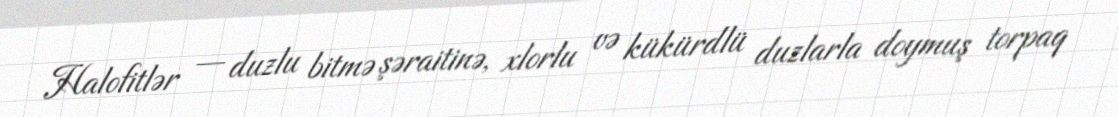
Halofitlər — duzlu bitmə şəraitinə, xlorlu və kükürdlü duzlarla doymuş torpaq